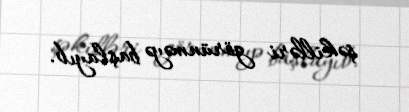
şəkilləri görünməyə başlayıb.